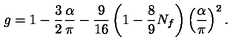
g = 1 - { \frac { 3 } { 2 } } { \frac { \alpha } { \pi } } - { \frac { 9 } { 1 6 } } \left( 1 - { \frac { 8 } { 9 } } N _ { f } \right) \left( { \frac { \alpha } { \pi } } \right) ^ { 2 } .